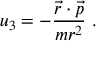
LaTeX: u _ { 3 } = - { \frac { { \vec { r } } \cdot { \vec { p } } } { m r ^ { 2 } } } ~ .